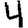
Digit: 4